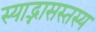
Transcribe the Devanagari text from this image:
स्याद्भासस्तस्य